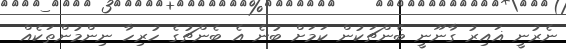
ނެރުނީ ޣައިރު ގާނޫނީ ބެންޗަކުން ކަމަށް ބުނެ އެ ބެންޗުގެ ހުރިހާ ނިންމުންތަކެއް